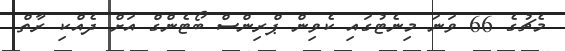
މެޗުގެ 66 ވަނަ މިނެޓުގައި ކެވިން ޕްރިންސް ބޯޓެންގް އަށް ދެއްކި ރާތް